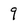
Character: 9